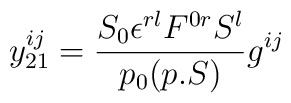
y_{21}^{ij}={{S_0\epsilon ^{rl}F^{0r}S^l}\over{p_0(p.S)}}g^{ij}